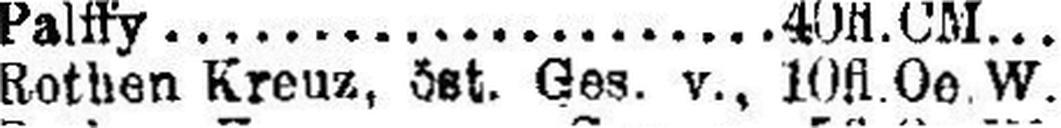
Rothen Kreuz, öst. Ges. v., 10 fl.Oe.W.